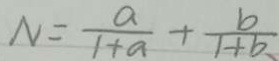
N = \frac { a } { 1 + a } + \frac { b } { 1 + b }